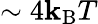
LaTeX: \sim4\mathbf{k}_{\mathrm{{B}}}T